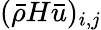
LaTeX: (\bar{\rho}H\bar{u})_{i,j}